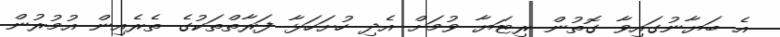
އެ ބަޔާނުގައިވާ ގޮތުން ރިޓަޔާ ވުމަށް އެދި ހުށަހަޅާ ފަރާތްތަކުގެ ތެރެއިން އުމުރުން